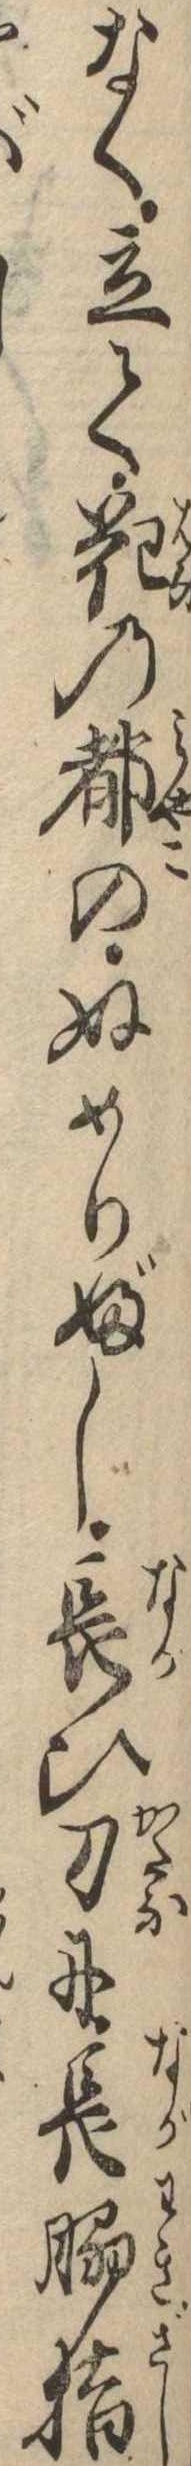
なく立て花の都のぬめりぶし長ひ刀に長脇指